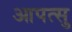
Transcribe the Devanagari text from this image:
आपत्सु